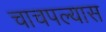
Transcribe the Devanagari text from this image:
चाचपल्यास